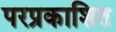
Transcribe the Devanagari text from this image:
परप्रकाशित